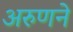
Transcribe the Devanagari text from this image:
अरुणने